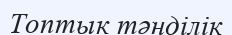
Топтык тәнділік